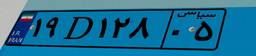
۸۹D۸۵۲۱۸